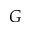
G